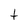
Character: t